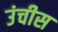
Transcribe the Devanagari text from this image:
उंचीस